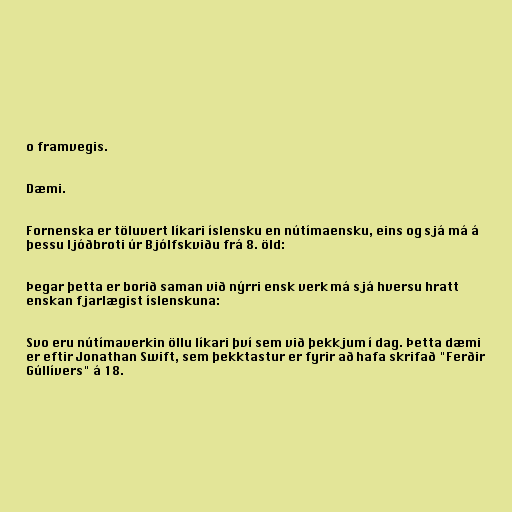
o framvegis.

Dæmi.

Fornenska er töluvert líkari íslensku en nútímaensku, eins og sjá má á
þessu ljóðbroti úr Bjólfskviðu frá 8. öld:

Þegar þetta er borið saman við nýrri ensk verk má sjá hversu hratt
enskan fjarlægist íslenskuna:

Svo eru nútímaverkin öllu líkari því sem við þekkjum í dag. Þetta dæmi
er eftir Jonathan Swift, sem þekktastur er fyrir að hafa skrifað "Ferðir
Gúllívers" á 18.